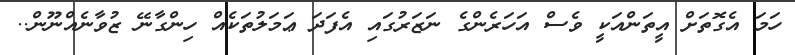
ހަމަ އެގޮތަށް އީތަންއަކީ ވެސް އަހަރެންގެ ނަޒަރުގައި އެފަދަ ޢަމަލުތަކެއް ހިންގާނޭ ޒުވާނެއްނޫން..